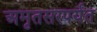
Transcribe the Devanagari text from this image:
अमृतसरपर्यंत